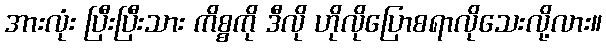
အားလုံး ပြီးပြီးသား ကိစ္စကို ဒီလို ဟိုလိုပြောစရာလိုသေးလို့လား။